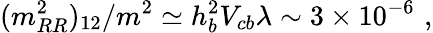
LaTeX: (m_{RR}^{2})_{12}/m^{2}\simeq h_{b}^{2}V_{cb}\lambda\sim 3\times 10^{-6}\, \, ,